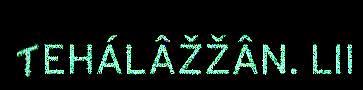
TEHÁLÂŽŽÂN. LII